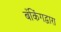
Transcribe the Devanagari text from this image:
बँकिंगद्वारा